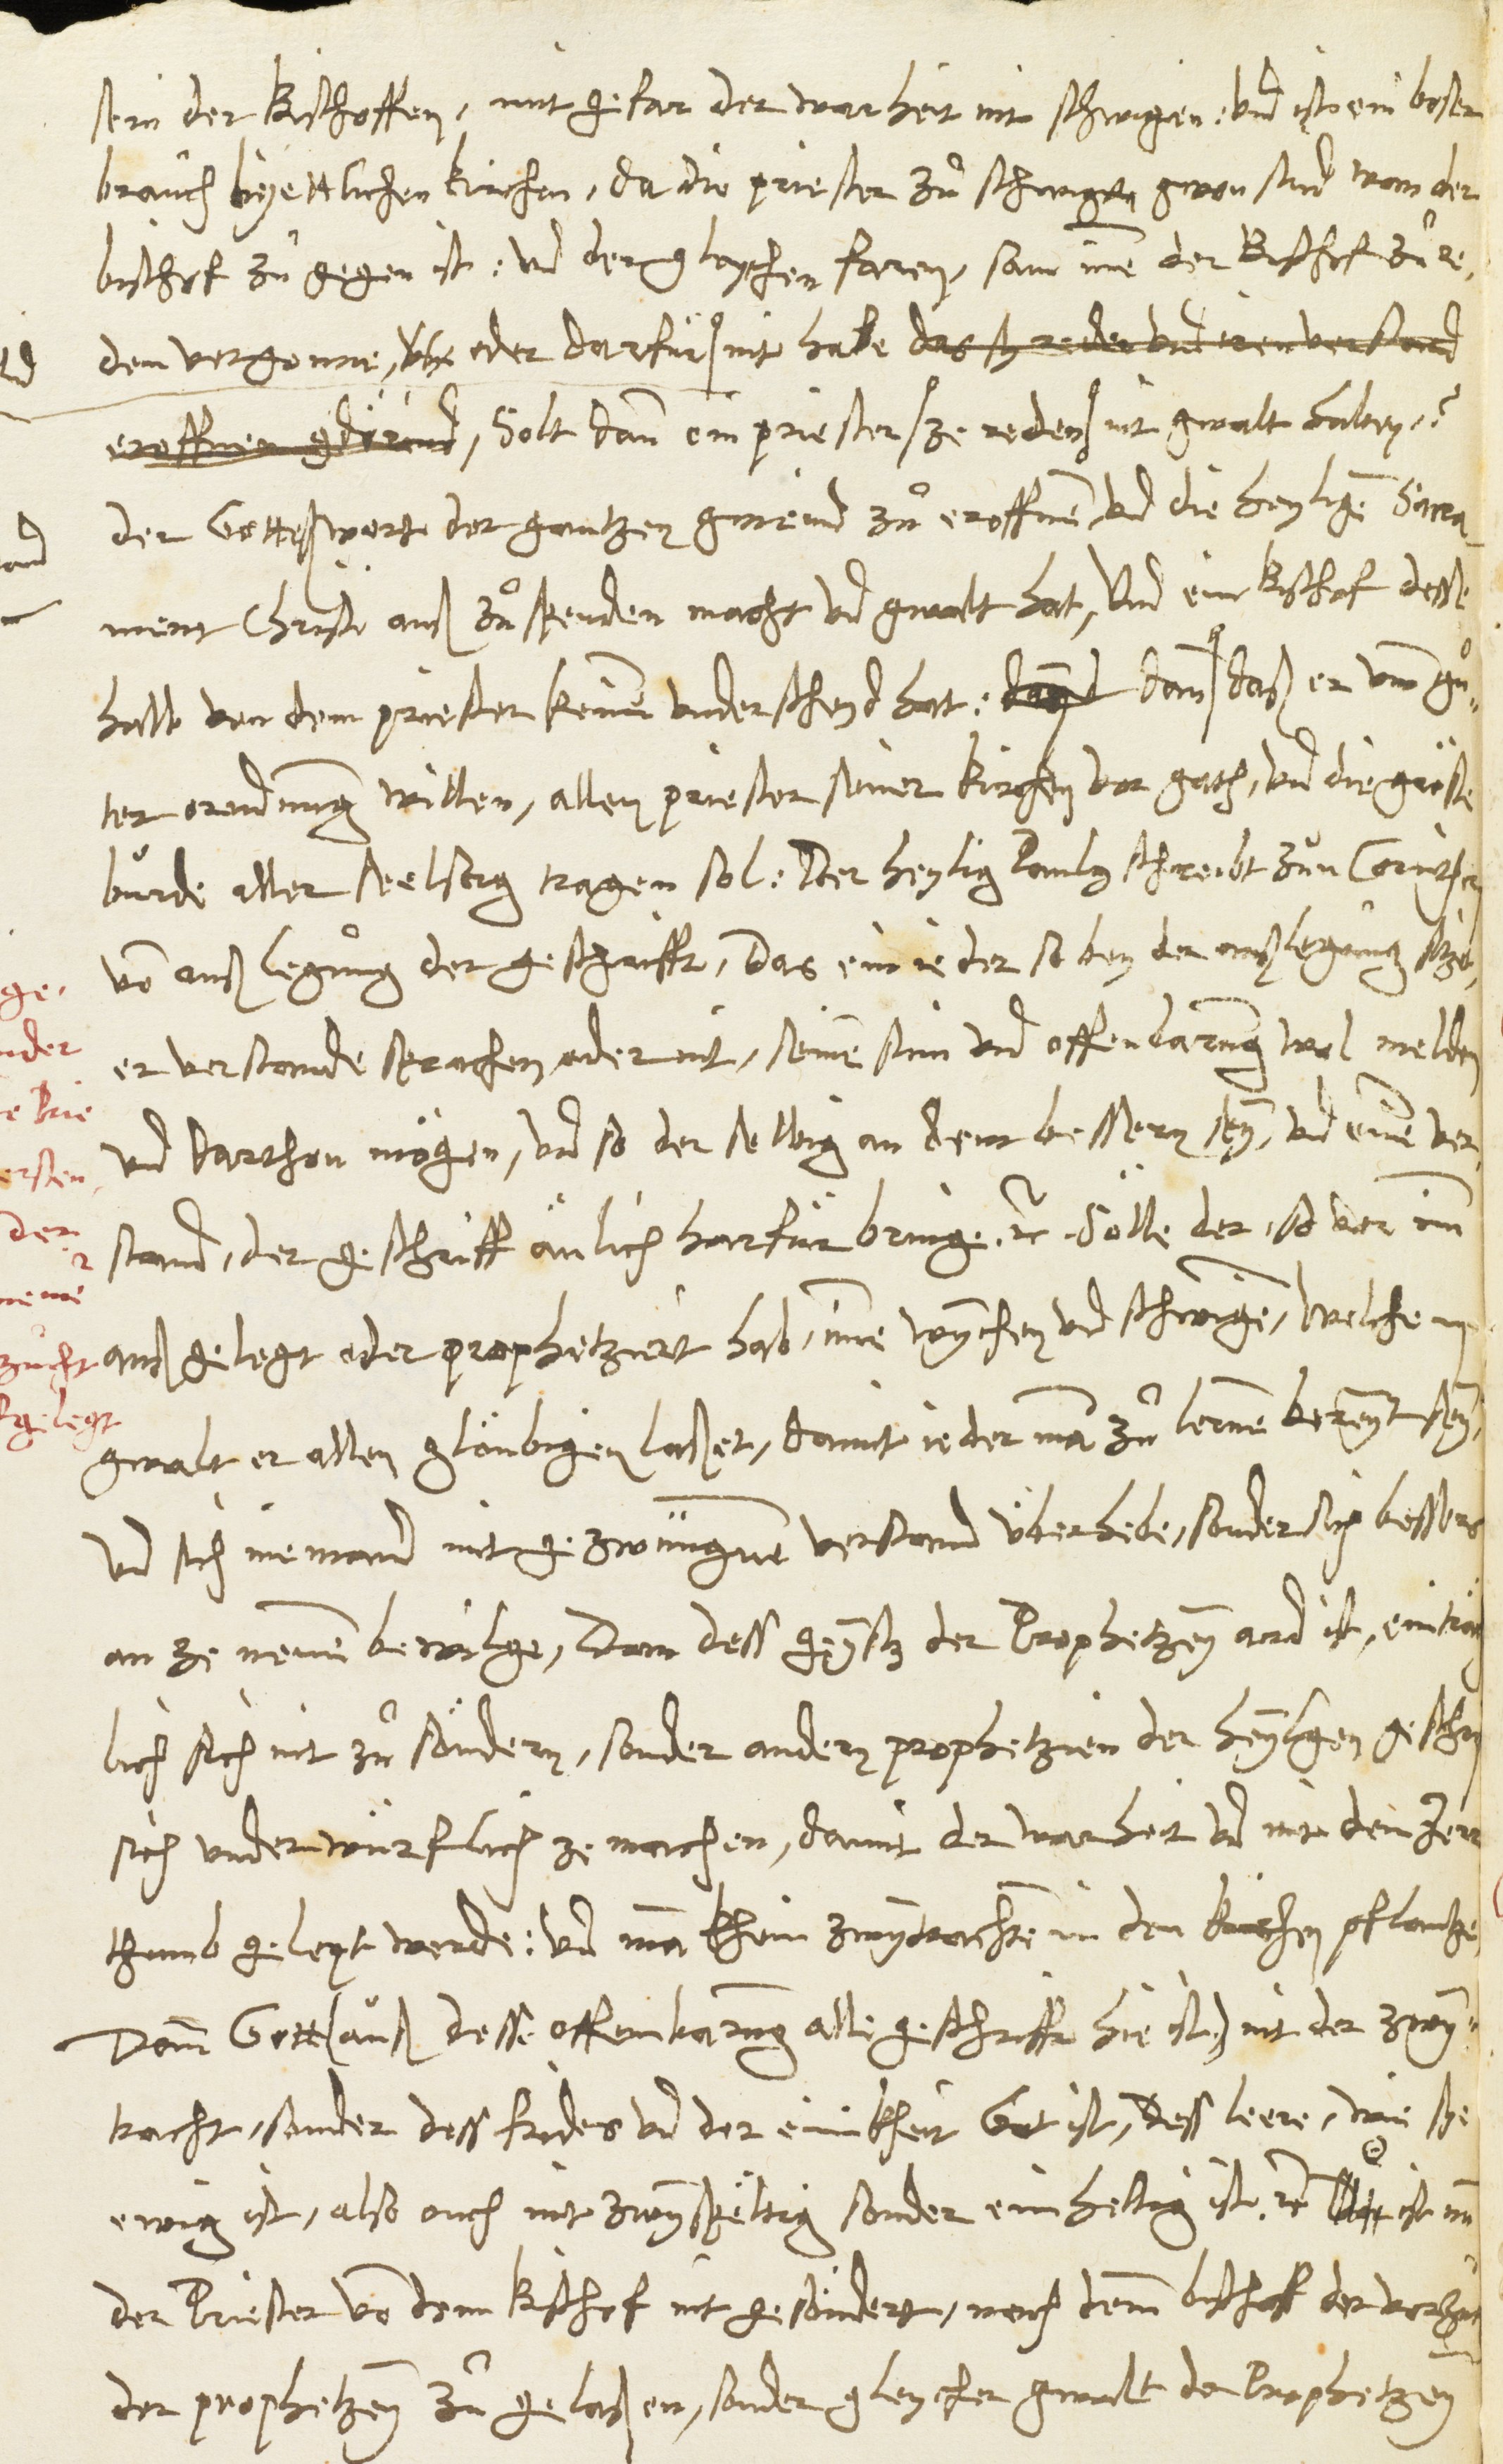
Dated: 1546–1546